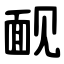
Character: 䩄